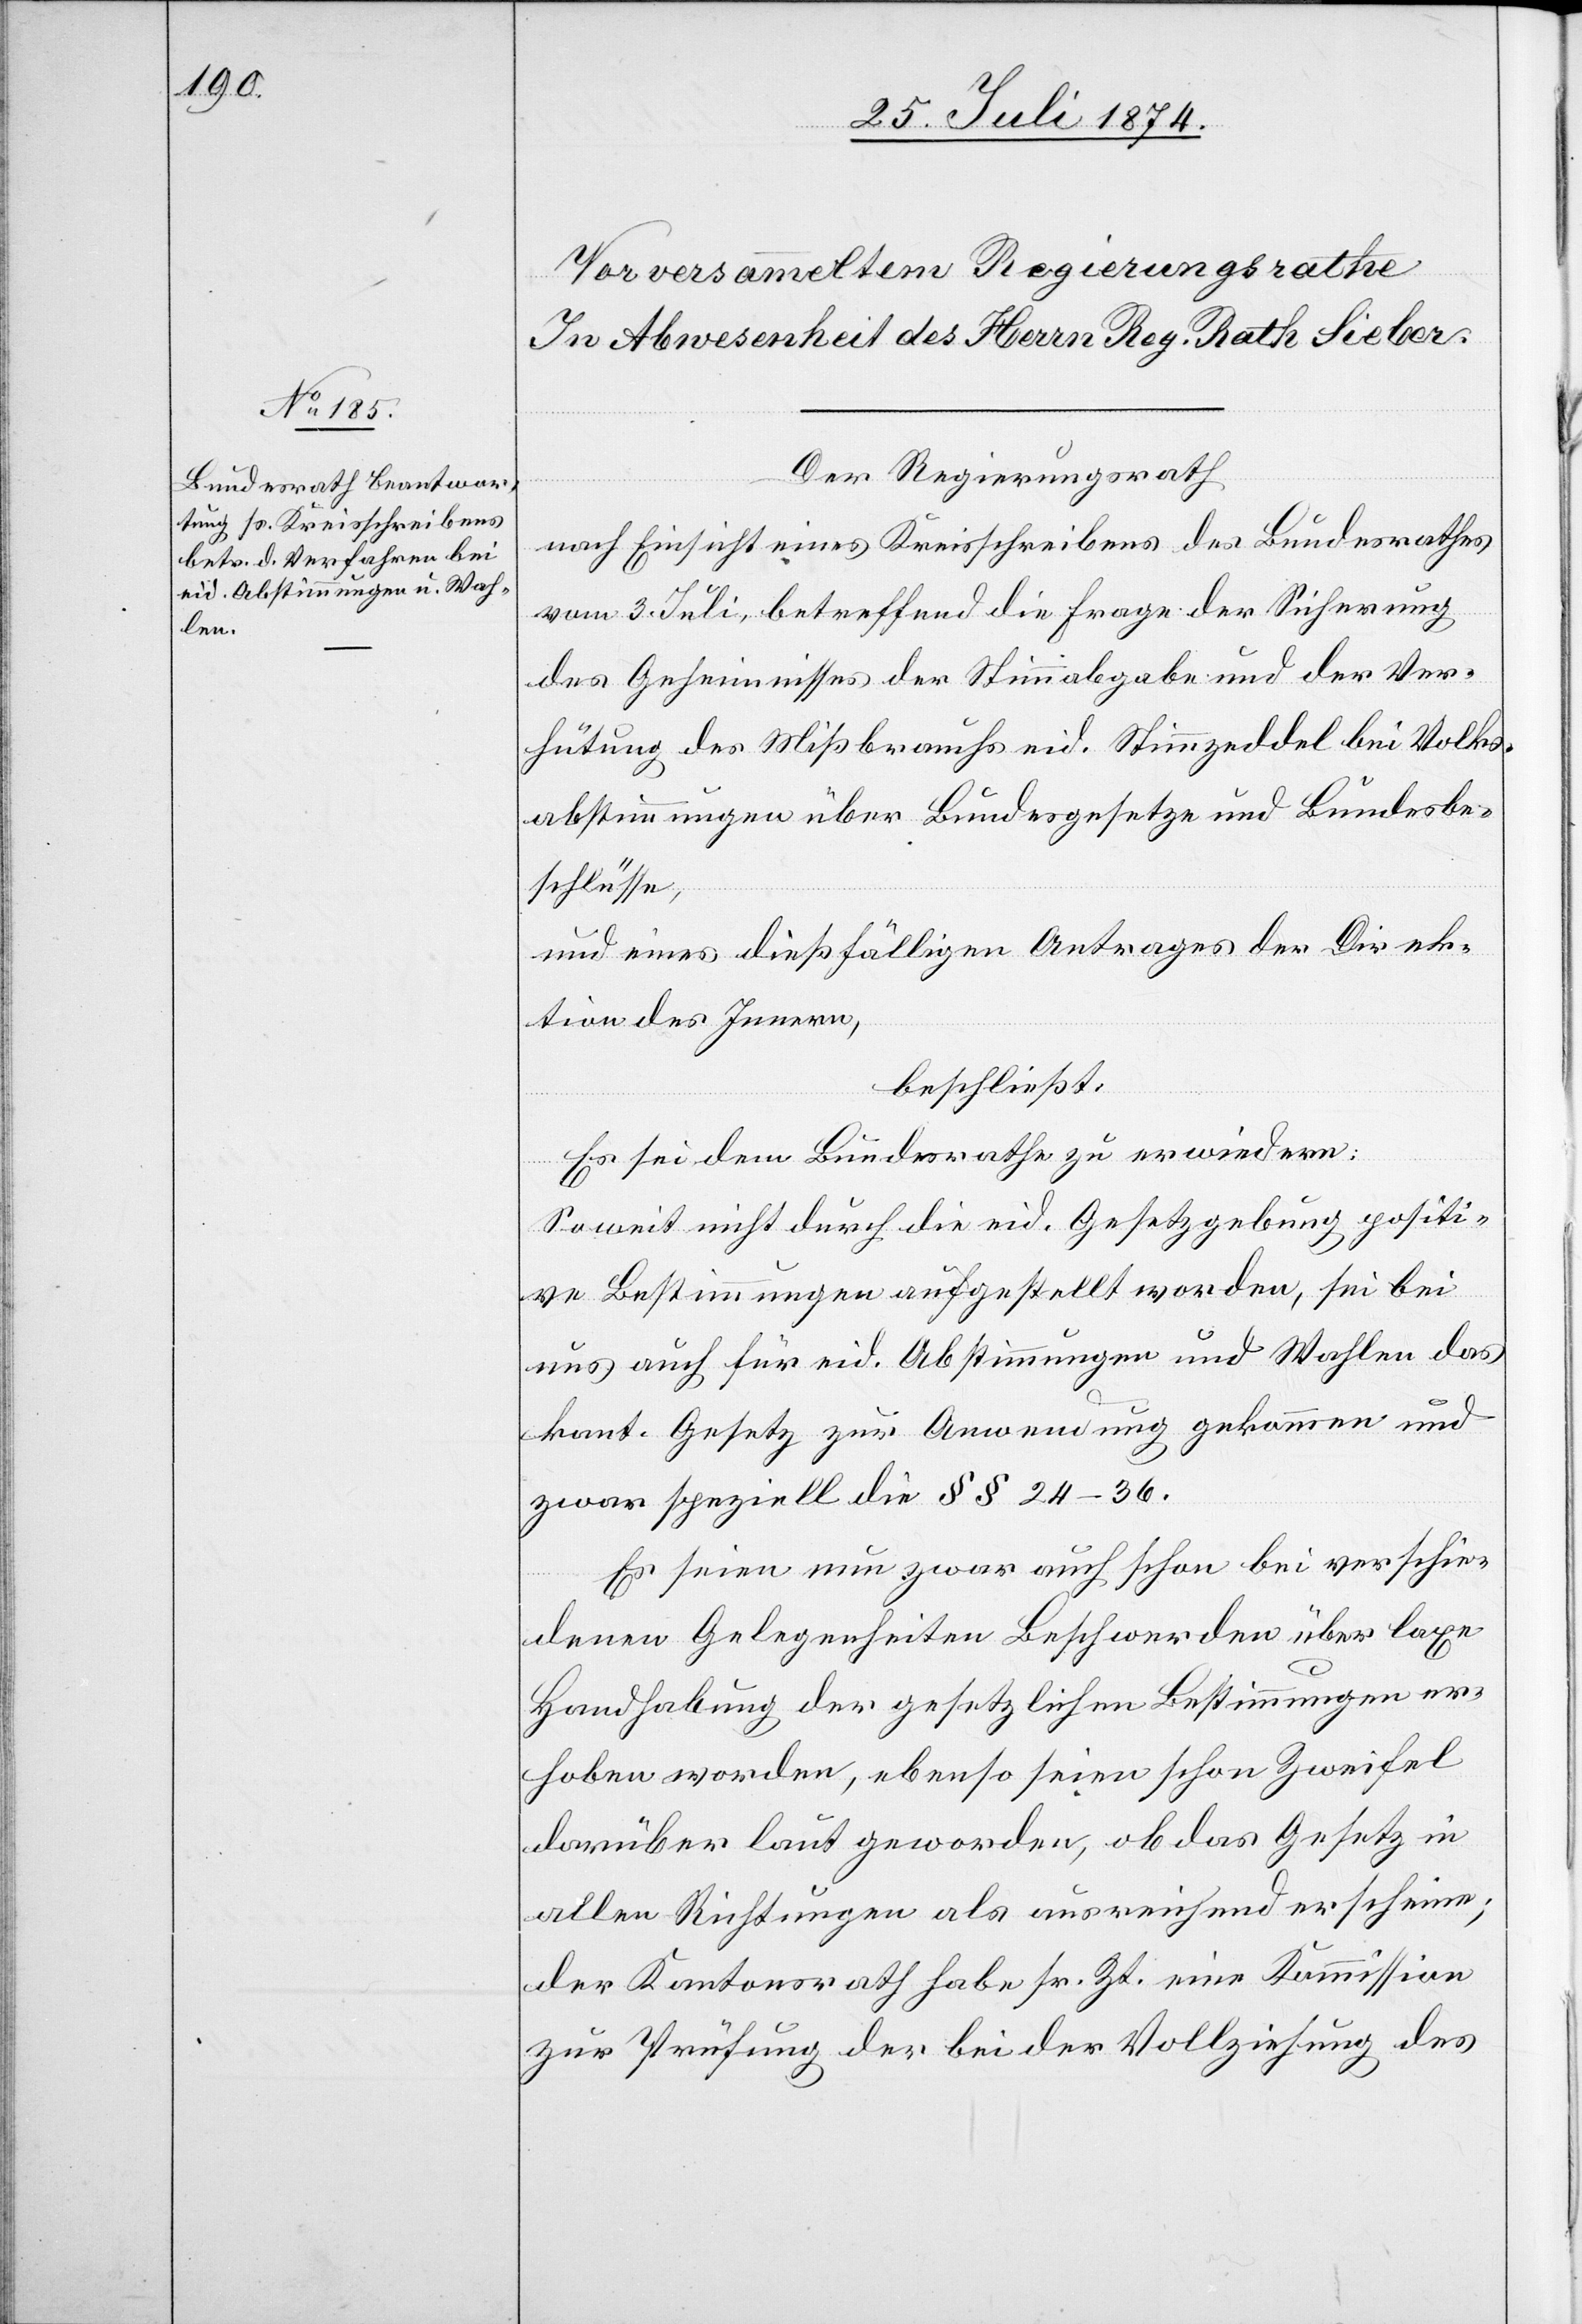
Der Regierungsrath
nach Einsicht eines Antrages eines Kreisschreibens des Bundesrathes
vom 3. Juli, betreffend die Frage der Sicherung
des Geheimnisses des Stimmabgabe und der Ver¬
hütung des Mißbrauchs eid. Stimmzeddel bei Volks¬
abstimmungen über Bundesgesetze und Bundesbe¬
schlüsse,
und eines dießfälligen Antrages der Direk¬
tion des Innern,
beschließt:
Es sei dem Bundesrathe zu erwiedern:
Soweit nicht durch die eid. Gesetzgebung positi¬
ve Bestimmungen aufgestellt worden, sei bei
uns auch für eid. Abstimmungen und Wahlen das
kant. Gesetz zur Anwendung gekommen und
zwar speziell die §§ 24–36.
Es seien nun zwar auch schon bei verschie¬
denen Gelegenheiten Beschwerden über laxe
Handhabung der gesetzlichen Bestimmungen er¬
hoben worden, ebenso seien schon Zweifel
darüber laut geworden, ob das Gesetz in
allen Richtungen als ausreichend erscheine;
der Kantonsrath habe sr. Zt. eine Kommission
zur Prüfung der bei der Vollziehung des